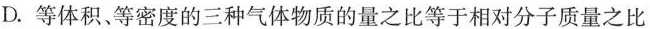
D.等体积、等密度的三种气体物质的量之比等于相对分子质量之比